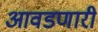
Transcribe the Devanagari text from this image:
आवडणारी